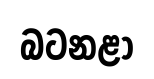
බටනළා